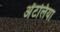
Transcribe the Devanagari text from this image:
अँटलिया